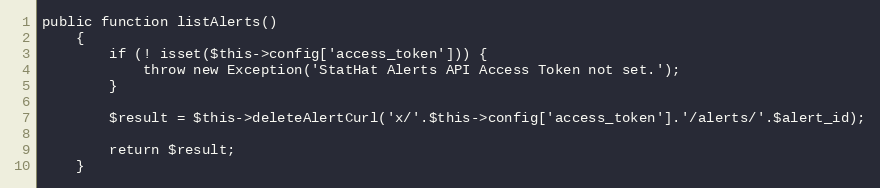
Language: PHP
public function listAlerts()
    {
        if (! isset($this->config['access_token'])) {
            throw new Exception('StatHat Alerts API Access Token not set.');
        }

        $result = $this->deleteAlertCurl('x/'.$this->config['access_token'].'/alerts/'.$alert_id);

        return $result;
    }